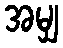
အမျှ